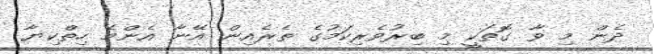
ދެން މި ވާ ގޮތަކީ މި ބިރުވެރިކަމުގެ ތެރެއިން އޭނާ އެންމެ ހިތްކިޔާ